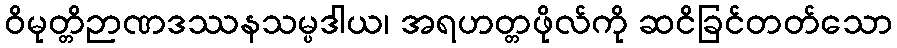
ဝိမုတ္တိဉာဏဒဿနသမ္ပဒါယ၊ အရဟတ္တဖိုလ်ကို ဆငိခြင်တတ်သော